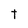
Character: t